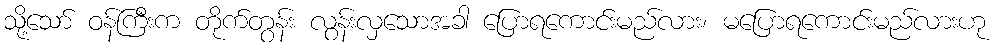
သို့သော် ဝန်ကြီးက တိုက်တွန်း လွန်းလှသောအခါ ပြောရကောင်းမည်လား၊ မပြောရကောင်းမည်လားဟု